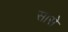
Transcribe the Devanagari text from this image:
सासे